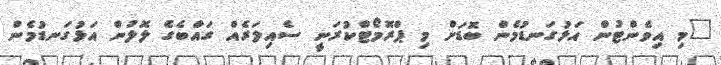
"މި އިވެންޓުން އަޅުގަނޑުމެން ބޮޑަށް މި ޕްރޮމޯޓްކުރަނީ ސެއިލަރެއް ގައްބެގެ ލޮލުން އަޅުގަނޑުމެން